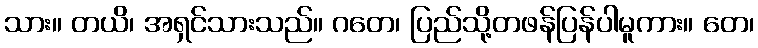
သား။ တယိ၊ အရှင်သားသည်။ ဂတေ၊ ပြည်သို့တဖန်ပြန်ပါမူကား။ တေ၊